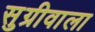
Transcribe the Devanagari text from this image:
सुग्रीवाला